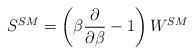
LaTeX: \begin{align*}S^{SM}=\left(\beta {\partial \over \partial \beta}-1\right)W^{SM}\end{align*}